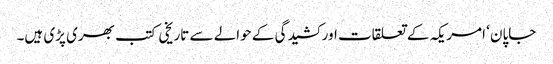
جاپان ‘ امریکہ کے تعلقات اور کشیدگی کے حوالے سے تاریخی کتب بھری پڑی ہیں۔